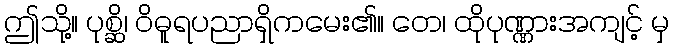
ဤသို့။ ပုစ္ဆိ၊ ဝိဓူရပညာရှိကမေး၏။ တေ၊ ထိုပုဏ္ဏားအကျင့် မှ